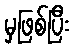
မှဖြစ်ပြီး